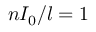
n I _ { 0 } / l = 1